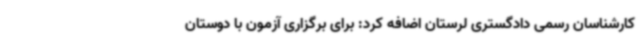
کارشناسان رسمی دادگستری لرستان اضافه کرد: برای برگزاری آزمون با دوستان